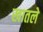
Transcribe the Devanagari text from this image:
खातले